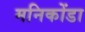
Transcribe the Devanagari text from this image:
मनिकोंडा